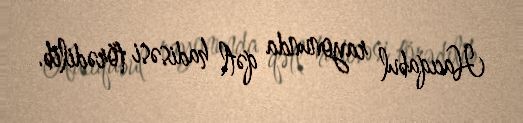
Hacıqabul rayonunda qətl hadisəsi törədilib.